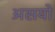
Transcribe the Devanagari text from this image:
असयो